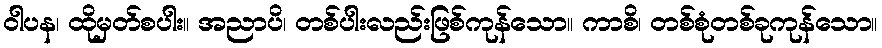
ဝါပန၊ ထိုမှတ်စပါး။ အညာပိ၊ တစ်ပါးလည်းဖြစ်ကုန်သော။ ကာစိ၊ တစ်စုံတစ်ခုကုန်သော။